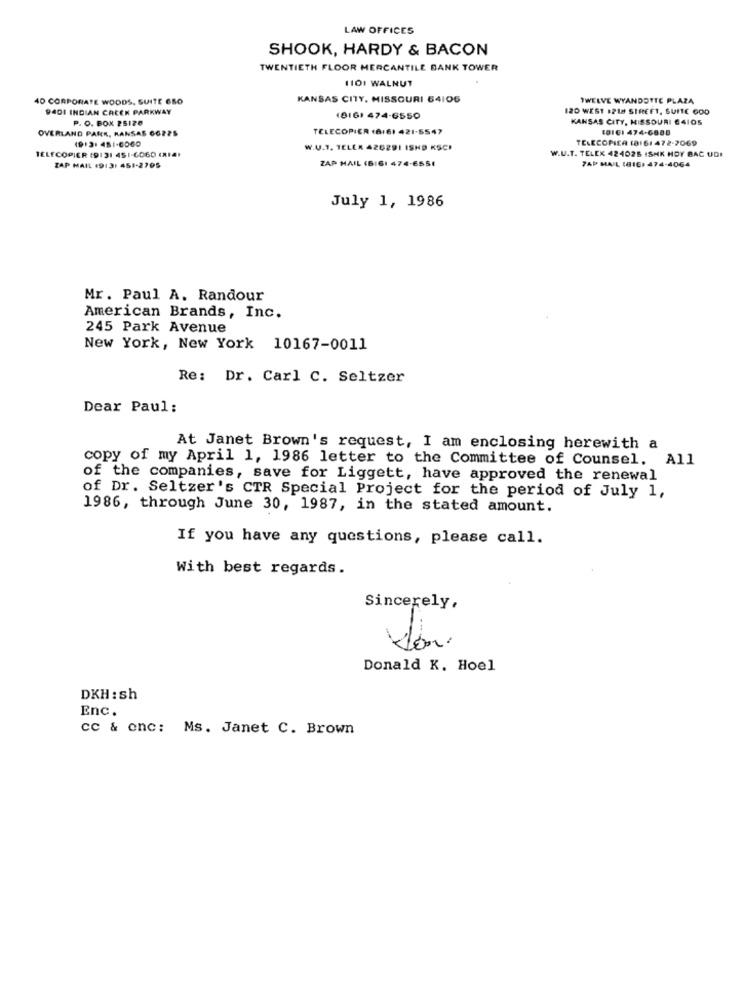
LAW OFFICES
SHOOK, HARDY & BACON
TWENTIETH FLOOR MERCANTILE BANK TOWER
1101 WALNUT
40 CORPORATE WOODS. SUITE 6SO
KANSAS CITY, MISSOURI 64106
TWELVE WYANDOTTE PLAZA
94DI INDIAN CREEK PARKWAY
120 WEST 1218 STREET, SUITE GOD
P. O. BOX 25120
(816) 474-6550
KANSAS CITY, MISSOURI £4105
OVERLAND PARK, KANSAS 66225
TELECOPIER (8/61 421-5547
(DIGI 474-6885
(9)3: 451-6060
TELECOPIEA (8) 61 472-7069
TELECOPIER (9131 451-6060 (RIA1
W.V.T. TELEK 426291 ISHD KSCI
W.U.T. TELEK 424026 ISHK HOY BAC UDI
ZAP MAIL (BI6: 474-6551
TAP MAIL (816: 474-4064
ZAP MAIL 19131 451-2795
July 1, 1986
Mr. Paul A. Randour
American Brands, Inc.
245 Park Avenue
New York, New York 10167-0011
Re: Dr. Carl C. Seltzer
Dear Paul:
At Janet Brown's request, I am enclosing herewith a
copy of my April 1, 1986 letter to the Committee of Counsel. All
of the companies, save for Liggett, have approved the renewal
of Dr. Seltzer's CTR Special Project for the period of July 1,
1986, through June 30, 1987, in the stated amount.
If you have any questions, please call.
With best regards.
Sincerely,
Donald K. Hoel
DKH : sh
Enc.
cc & onc: Ms. Janet C. Brown